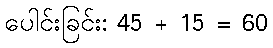
ပေါင်းခြင်း: 45 + 15 = 60